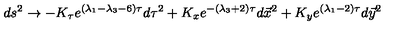
d s ^ { 2 } \rightarrow - K _ { \tau } e ^ { ( \lambda _ { 1 } - \lambda _ { 3 } - 6 ) \tau } d \tau ^ { 2 } + K _ { x } e ^ { - ( \lambda _ { 3 } + 2 ) \tau } d \vec { x } ^ { 2 } + K _ { y } e ^ { ( \lambda _ { 1 } - 2 ) \tau } d \vec { y } ^ { 2 }